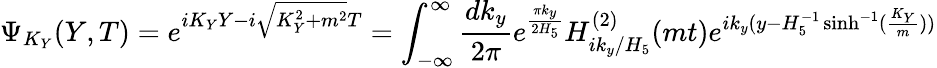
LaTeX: \Psi_{K_{Y}}(Y,T)=e^{iK_{Y}Y-i\sqrt{K_{Y}^{2}+m^{2}}T}=\int_{-\infty}^{\infty}\frac{dk_{y}}{2\pi}e^{\frac{\pi k_{y}}{2H_{5}}}H_{ik_{y}/H_{5}}^{(2)}(mt)e^{ik_{y}(y-H_{5}^{-1}\sinh^{-1}(\frac{K_{Y}}{m}))}